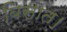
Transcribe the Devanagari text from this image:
बिसात।